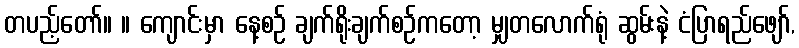
တပည့်တော်။ ။ ကျောင်းမှာ နေ့စဉ် ချက်ရိုးချက်စဉ်ကတော့ မျှတလောက်ရုံ ဆွမ်းနဲ့ ငံပြာရည်ဖျော်,